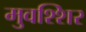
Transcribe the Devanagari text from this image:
मुवश्शिर